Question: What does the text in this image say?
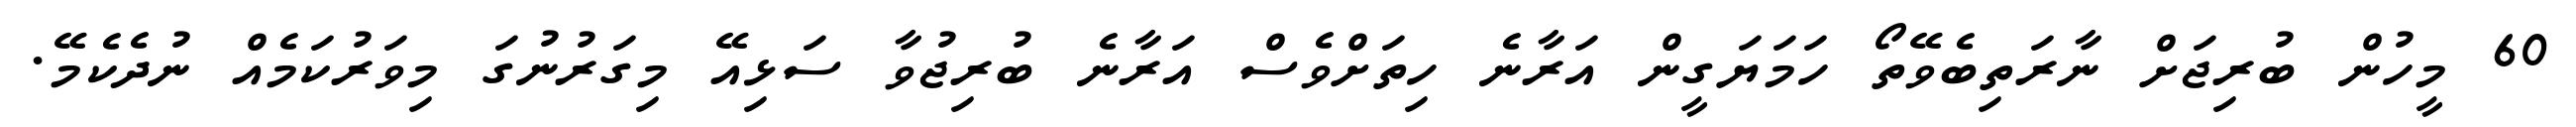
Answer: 60 މީހުން ބުރިޖަށް ނާރަތިބެވޭތޯ ހަމަޔަގީން އަރާނެ ހިތަށްވެސް އަރާނެ ބުރިޖުވާ ސަޅިއޭ މިގަރުނުގަ މިވަރުކަމެއް ނުދެކެމޭ.